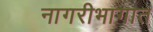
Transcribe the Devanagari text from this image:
नागरीभागात